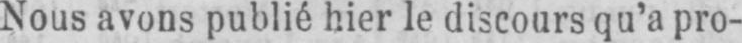
Nous avons publié hier le discours qu’a pro-